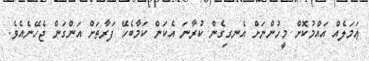
ޢަމަލެއް އައްމުކޮށް މީހުންނަށް އެނގިގެން ކުރާނަ އެކަން ކަމާބެހޭ ފަރާތަށް އަންގަން ޖެހޭނެއެވެ.